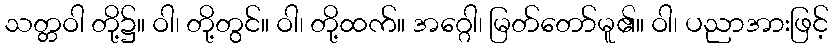
သတ္တဝါ တို့၌။ ဝါ၊ တို့တွင်။ ဝါ၊ တို့ထက်။ အဂ္ဂေါ၊ မြတ်တော်မူ၏။ ဝါ၊ ပညာအားဖြင့်